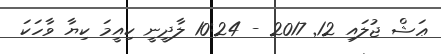
ޢަޝް ޖުލައި 12